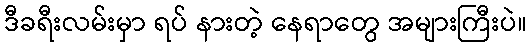
ဒီခရီးလမ်းမှာ ရပ် နားတဲ့ နေရာတွေ အများကြီးပဲ။